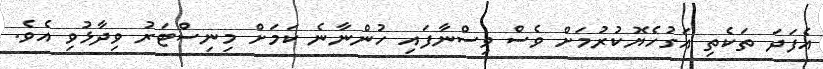
އެފަދަ ތަކެތި އަގުހެޔޮކުރުމަށް ވެސް ވިސްނާފައި ހުންނާނެ ކަމަށް މިނިސްޓަރު ވިދާޅުވި އެވެ.